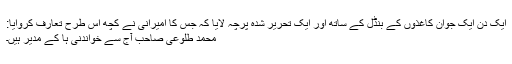
ایک دن ایک جوان کاغذوں کے بنڈل کے ساتھ اور ایک تحریر شدہ پرچہ لایا کہ جس کا امیرانی نے کچھ اس طرح تعارف کروایا:
محمد طلوعی صاحب آج سے خواندنی ہا کے مدیر ہیں۔